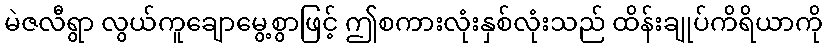
မဲဇလီရွာ လွယ်ကူချောမွေ့စွာဖြင့် ဤစကားလုံးနှစ်လုံးသည် ထိန်းချုပ်ကိရိယာကို